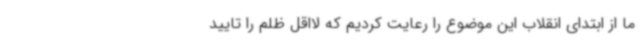
ما از ابتدای انقلاب این موضوع را رعایت کردیم که لااقل ظلم را تایید